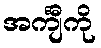
အင်္ကျီကို